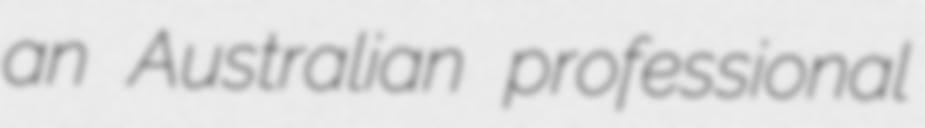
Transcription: an Australian professional